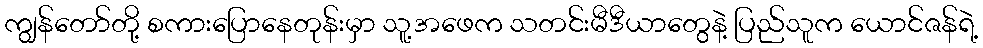
ကျွန်တော်တို့ စကားပြောနေတုန်းမှာ သူ့အဖေက သတင်းမီဒီယာတွေနဲ့ ပြည်သူက ယောင်ဇန်ရဲ့